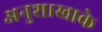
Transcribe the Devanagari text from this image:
अनुशाखाके